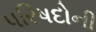
પરિષદોની